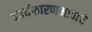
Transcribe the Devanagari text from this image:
कार्यकारणभावाचे